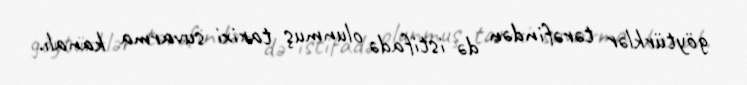
göytürklər tərəfindən də istifadə olunmuş tarixi suvarma kanalı.